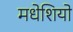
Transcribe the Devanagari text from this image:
मधेशियो